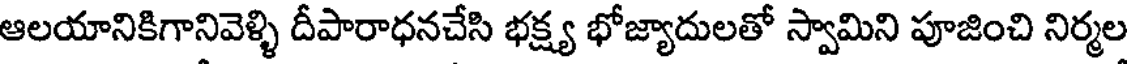
ఆలయానికిగానివెళ్ళి దీపారాధనచేసి భక్ష్య భోజ్యాదులతో స్వామిని పూజించి నిర్మల